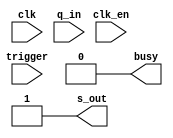
module uart(
  input clk,
  input clk_en,
  input [7:0] q_in,
  input trigger,
  output busy,
  output s_out
);

wire [7:0] q_in;
wire trigger;

reg s_out=1;
reg [7:0] temp_var=0;
reg busy=0;

integer counter=0;

integer d = 0;

always @(posedge clk) begin
  if ($signed(d < 0) )
    d <= $signed(d) + 9;
  else begin
    d <= $signed(d) + 9 - 3125;
  end
end
  

// always @(posedge clk) begin : proc_uart
//   if(clk_en) begin
//     if (trigger == 1)
//     begin
//       if (counter == 0) begin
//         counter <= 1;
//         temp_var <= q_in;
//       end
//     end
//     if (counter > 0) begin
//       if (counter < 11) begin
//         counter <= counter + 1;
//         case (counter)
//           1  : s_out <= 1'b0;
//           10 : s_out <= 1'b1;
//           default : s_out <= temp_var[9-counter];
//         endcase
//         if (counter == 10) counter <= 0;
//       end
//     else
//       s_out <= 1'b1;
//     end
//   end
// end

// always @(*) begin : proc_busy
//   if (counter == 0) busy <= 0;
//   else busy <= 1;
// end

endmodule